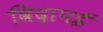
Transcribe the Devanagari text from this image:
विदापई